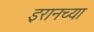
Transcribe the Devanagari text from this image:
इरानच्या